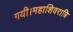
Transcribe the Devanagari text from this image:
गयी।महाशिवरात्रि